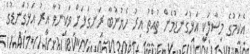
އެކަމުގެ މިސާލަކީ އަޅުގަނޑުމެން ތުއްތު އިރު ހެޔުނުބާ ރަނގަޅަށް ވަކިނުވާ އިރު އަޅުގަނޑުގެ